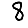
Digit: 8